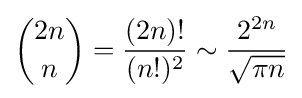
{\binom {2n}{n}}={\frac {(2n)!}{(n!)^{2}}}\sim {\frac {2^{2n}}{\sqrt {\pi n}}}